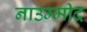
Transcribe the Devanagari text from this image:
नाउम्मीद